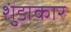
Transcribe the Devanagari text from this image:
शुंडाकार